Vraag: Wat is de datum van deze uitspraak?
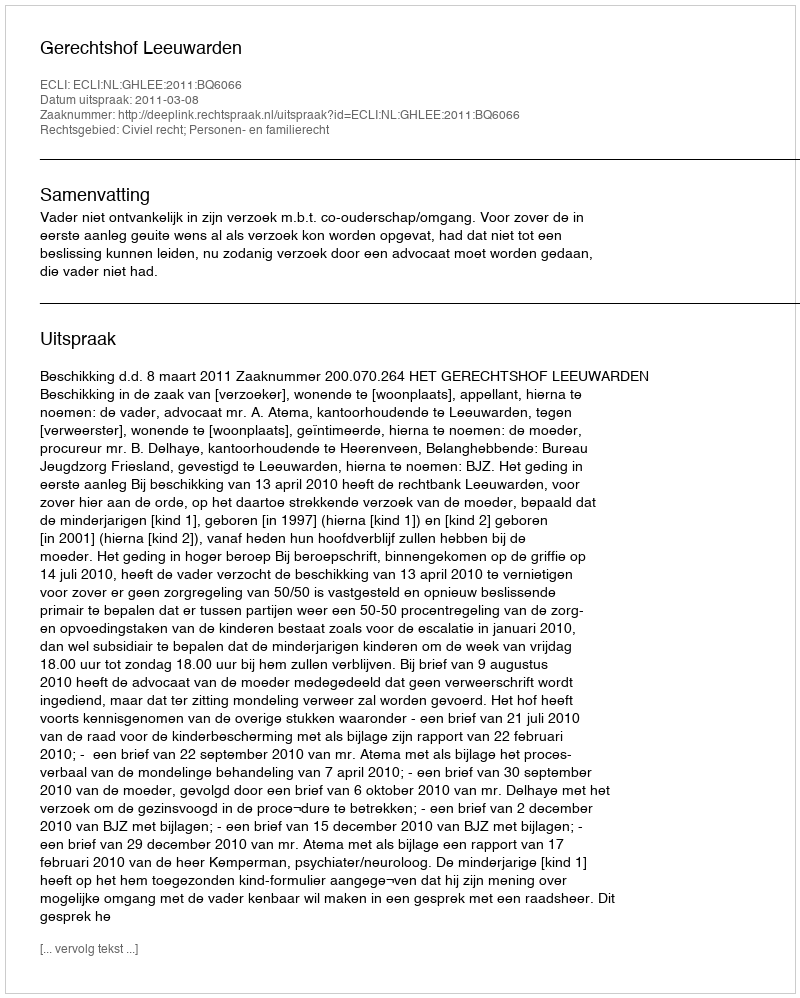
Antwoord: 2011-03-08